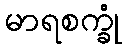
မာရစက္ခုံ